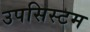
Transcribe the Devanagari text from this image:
उपसिस्टम